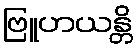
ဗြူဟယန္တိ